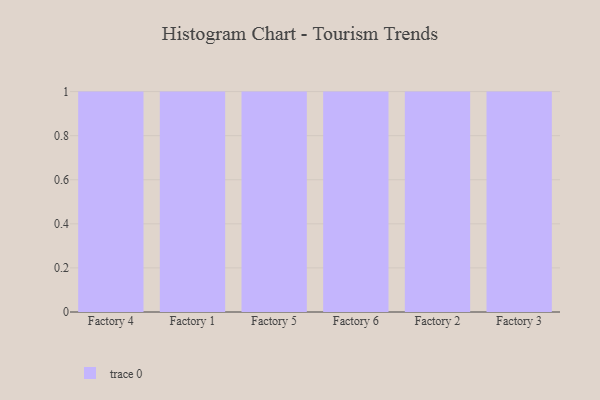
{"axis": {"x": "Factory", "y": "Latency (ms)"}, "legend": [""], "data": [{"x": "Factory 4", "y": 92, "type": ""}, {"x": "Factory 1", "y": 4, "type": ""}, {"x": "Factory 5", "y": 86, "type": ""}, {"x": "Factory 6", "y": 44, "type": ""}, {"x": "Factory 2", "y": 39, "type": ""}, {"x": "Factory 3", "y": 2, "type": ""}]}